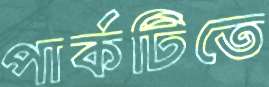
পার্কটিতে